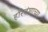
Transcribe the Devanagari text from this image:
हरिवंशाच्या